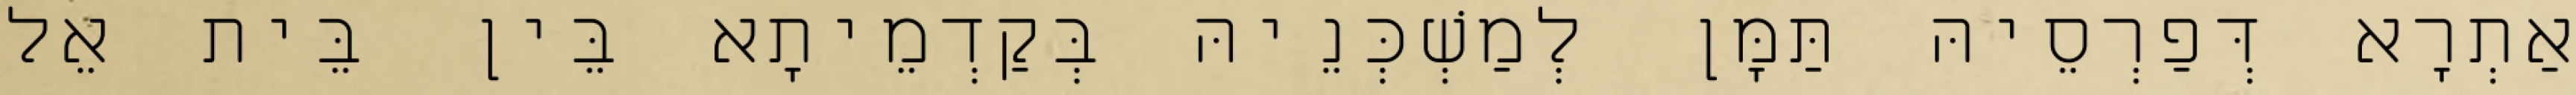
אַתְרָא דְּפַרְסֵיהּ תַּמָּן לְמַשְׁכְּנֵיהּ בְּקַדְמֵיתָא בֵּין בֵּית אֵל